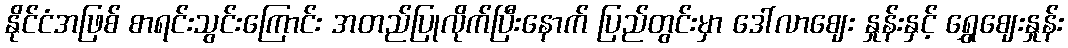
နိုင်ငံအဖြစ် စာရင်းသွင်းကြောင်း အတည်ပြုလိုက်ပြီးနောက် ပြည်တွင်းမှာ ဒေါ်လာဈေး နှုန်းနှင့် ရွှေဈေးနှုန်း